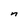
Character: n